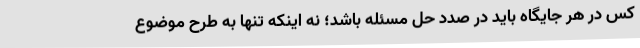
کس در هر جایگاه باید در صدد حل مسئله باشد؛ نه اینکه تنها به طرح موضوع